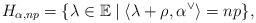
LaTeX: \begin{align*} H_{\alpha,np} = \{ \lambda \in \mathbb{E} \mid \langle \lambda + \rho, \alpha^{\vee} \rangle = np \},\end{align*}